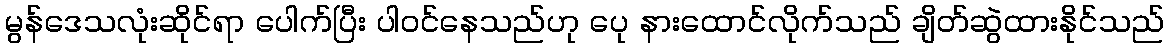
မွန်ဒေသလုံးဆိုင်ရာ ပေါက်ပြီး ပါဝင်နေသည်ဟု ပေု နားထောင်လိုက်သည် ချိတ်ဆွဲထားနိုင်သည်